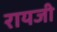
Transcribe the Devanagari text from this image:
रायजी